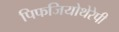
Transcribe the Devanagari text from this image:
पिफजियोथेरेपी